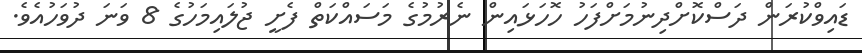
ޑައިވްކުރަން ދަސްކޮށްދިނުމަށްފަހު ހޮހަޅައިން ނެރުމުގެ މަސައްކަތް ފެށީ ޖުލައިމަހުގެ 8 ވަނަ ދުވަހުއެވެ.